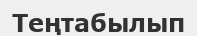
Теңтабылып